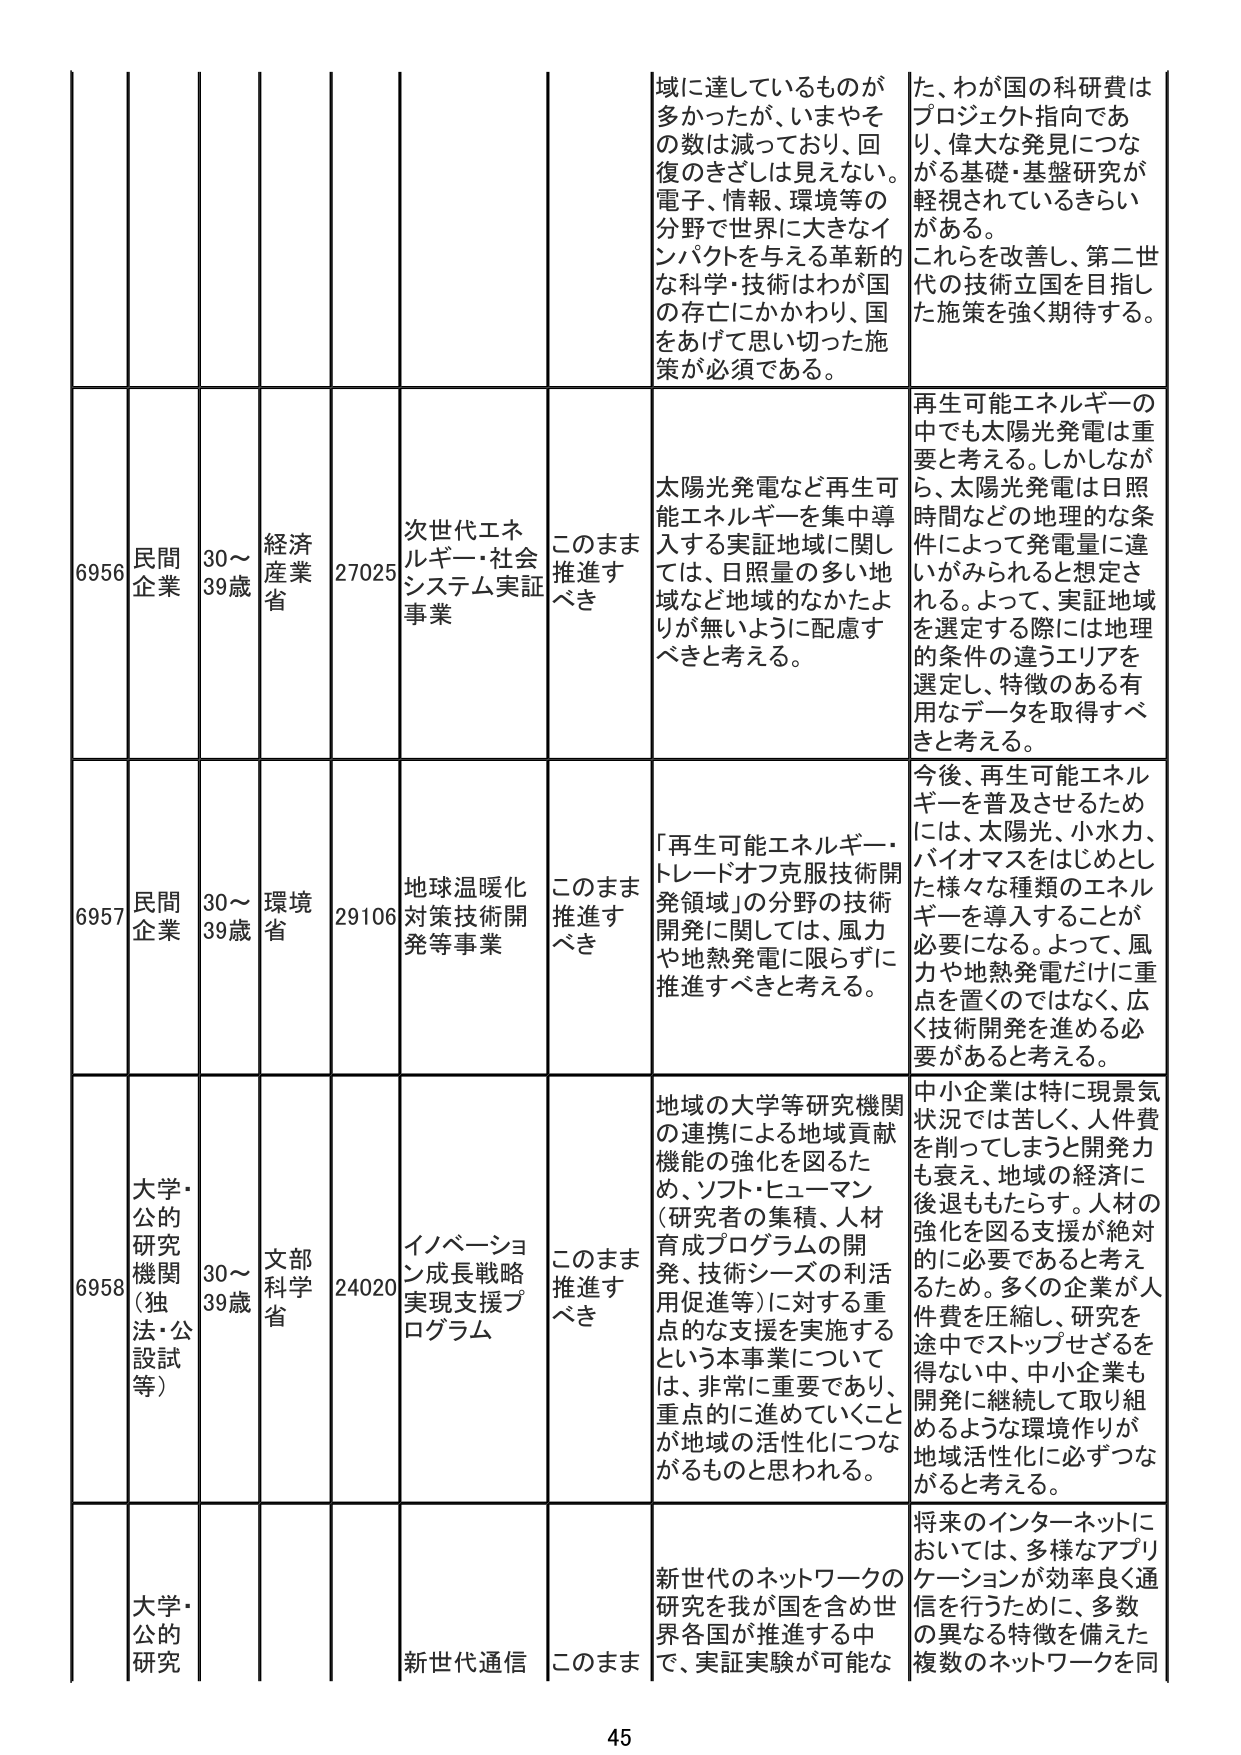
6956 民間企業 30～39歳 経済産業省 27025 次世代エネルギー・社会システム実証事業 このまま推進すべき 域に達しているものが多かったが、いまやその数は減っており、回復のきざしは見えない。電子、情報、環境等の分野で世界に大きなインパクトを与える革新的な科学・技術はわが国の存亡にかかわり、国をあげて思い切った施策が必須である。 た、わが国の科研費はプロジェクト指向であり、偉大な発見につながる基礎・基盤研究が軽視されているきらいがある。これらを改善し、第二世代の技術立国を目指した施策を強く期待する。 太陽光発電など再生可能エネルギーを集中導入する実証地域に関しては、日照量の多い地域など地域的なかたよりが無いように配慮すべきと考える。 再生可能エネルギーの中でも太陽光発電は重要と考える。しかしながら、太陽光発電は日照時間などの地理的な条件によって発電量に違いがみられると想定される。よって、実証地域を選定する際には地理的条件の違うエリアを選定し、特徴のある有用なデータを取得すべきと考える。

6957 民間企業 30～39歳 環境省 29106 地球温暖化対策技術開発等事業 このまま推進すべき 「再生可能エネルギー・トレードオフ克服技術開発領域」の分野の技術開発に関しては、風力や地熱発電に限らずに推進すべきと考える。 今後、再生可能エネルギーを普及させるためには、太陽光、小水力、バイオマスをはじめとした様々な種類のエネルギーを導入することが必要になる。よって、風力や地熱発電だけに重点を置くのではなく、広く技術開発を進める必要があると考える。

6958 大学・公的研究機関（独法・公設試等） 30～39歳 文部科学省 24020 イノベーション成長戦略実現支援プログラム このまま推進すべき 地域の大学等研究機関の連携による地域貢献機能の強化を図るため、ソフト・ヒューマン（研究者の集積、人材育成プログラムの開発、技術シーズの利活用促進等）に対する重点的な支援を実施するという本事業については、非常に重要であり、重点的に進めていくことが地域の活性化につながるものと思われる。 中小企業は特に現景気状況では苦しく、人件費を削ってしまうと開発力も衰え、地域の経済に後退ももたらす。人材の強化を図る支援が絶対的に必要であると考えるため。多くの企業が人件費を圧縮し、研究を途中でストップせざるを得ない中、中小企業も開発に継続して取り組めるような環境作りが地域活性化に必ずつながると考える。

大学・公的研究 新世代通信 このまま 新世代のネットワークの研究を我が国を含め世界各国が推進する中で、実証実験が可能な 将来のインターネットにおいては、多様なアプリケーションが効率良く通信を行うために、多数の異なる特徴を備えた複数のネットワークを同

45